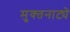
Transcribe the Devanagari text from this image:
मुक्‍तनाट्ये